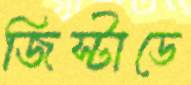
জিস্টাডে